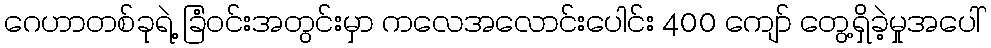
ဂေဟာတစ်ခုရဲ့ ခြံဝင်းအတွင်းမှာ ကလေအလောင်းပေါင်း 400 ကျော် တွေ့ရှိခဲ့မှုအပေါ်